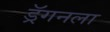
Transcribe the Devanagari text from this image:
ड्रॅगनला